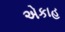
એકાહ